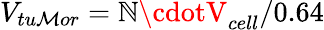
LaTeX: V_{tu\mathcal{M}or}=\mathbb{N}\cdotV_{cell}/0.64